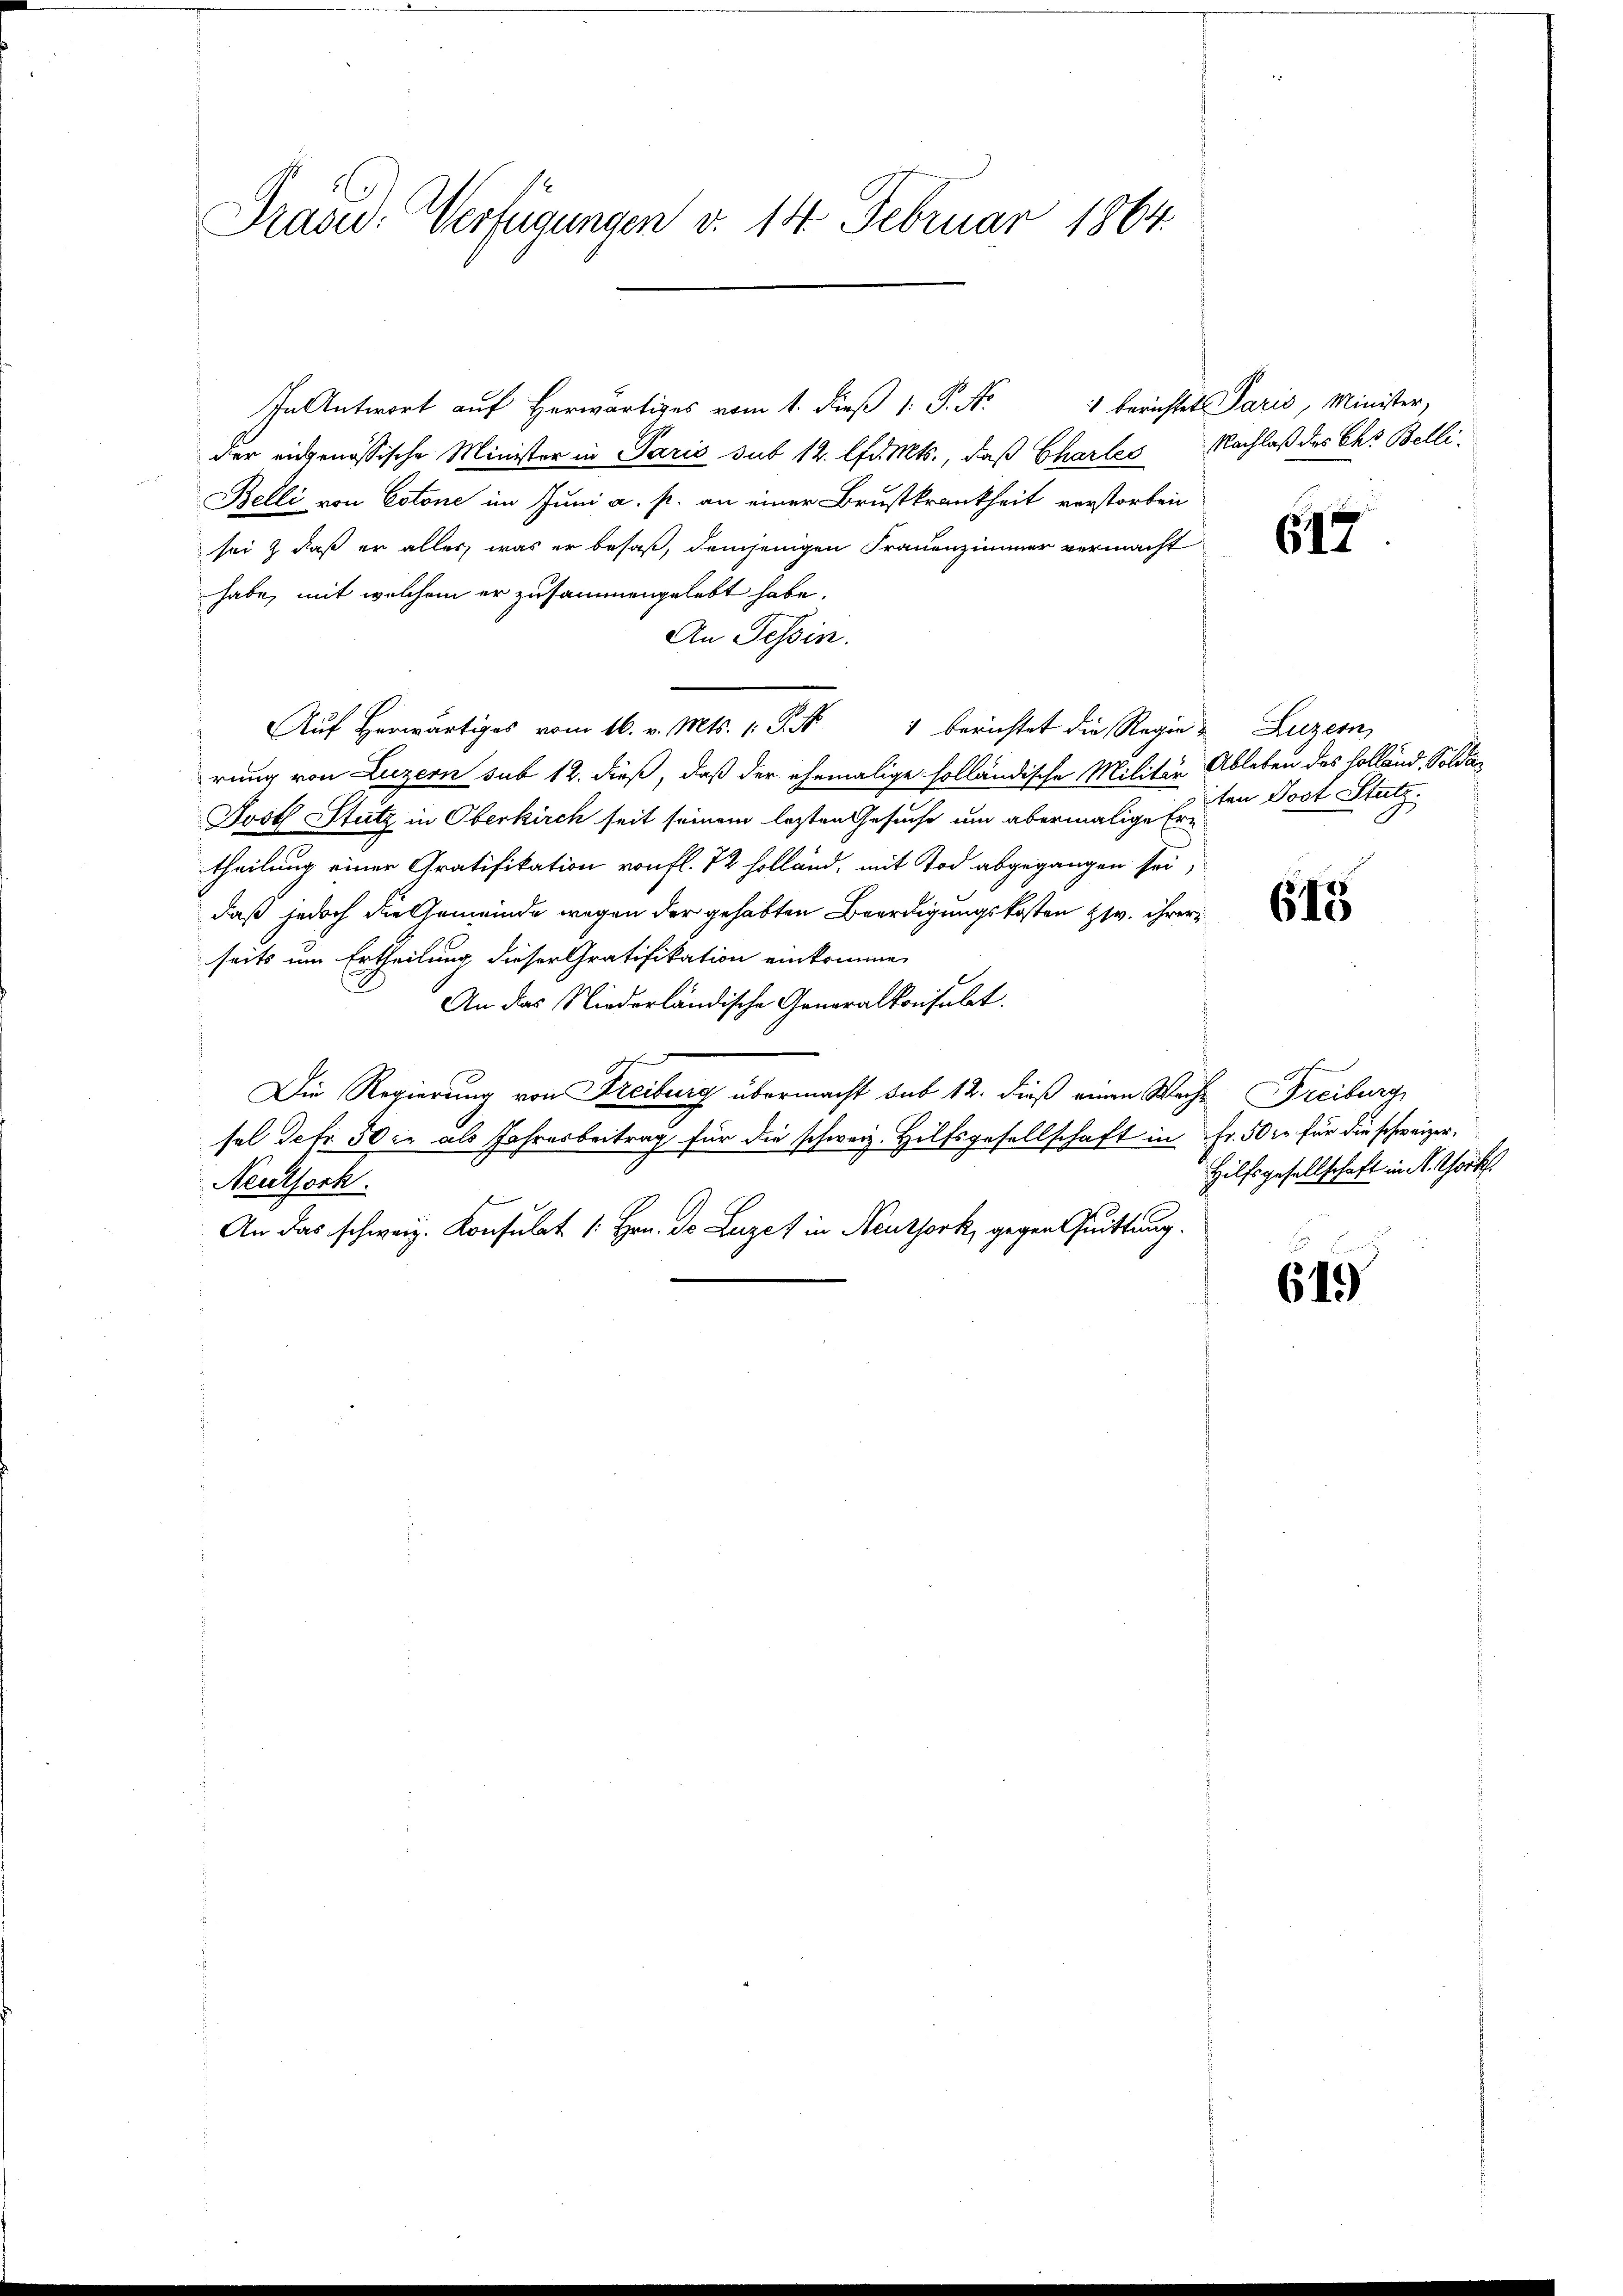
Präsid. Verfügungen d. 14. Februar 1864.

In Antwort auf herwärtiges vom 1. dieß 1. J. A.
der eidgenössische Minister in Paris sub 12. lfdits., daß Chartes Nachlaß des Chr. Belli¬
Belli von Estone im Juni a. p. an einer Brustkrankheit verstorben
sei & daß er alles, was er besaß, demjenigen Frauenzimmer vermacht
habe, mit welchem er zusammengelebt habe.
An Tessin.
" Aŭf herwärtiges vom 16. v. Mts. 1 S. 4 berichtet die Regie u Luzern,
rung von Luzern sub 12. dieß, daß der ehemalige holländische Militär Ableben des Holland. Solda¬
Jvöth Stutz in Oberkirch seit seinem lezten Gesuche um abermalige Er-
theilung einer Gratifikation von fl. 72 Holland, mit Tod abgegangen sei,
daß jedoch die Gemeinde wegen der gehabten Beerdigungskosten v. ihrer
seits um Ertheilung dieser Gratifikation einkommen
An das Niederländische Generalkonsulat.
Die Regierung von Freiburg übermacht sub 12. dieß einen Wache Freiburg,
sel defr. 30 xr als Jahresbeitrag für die schweiz. Hilfsgesellschaft in Fr. 50 l. für die schweizer¬
Neuthock.
An das schweiz. Konsulat [Hrn. Do Luzer in Neuthork, gegen Quittung.

1 berichtet Paris, Minister,

615

iten Post Stutz

615

Hilfsgesellschaft in St. Chork

619)